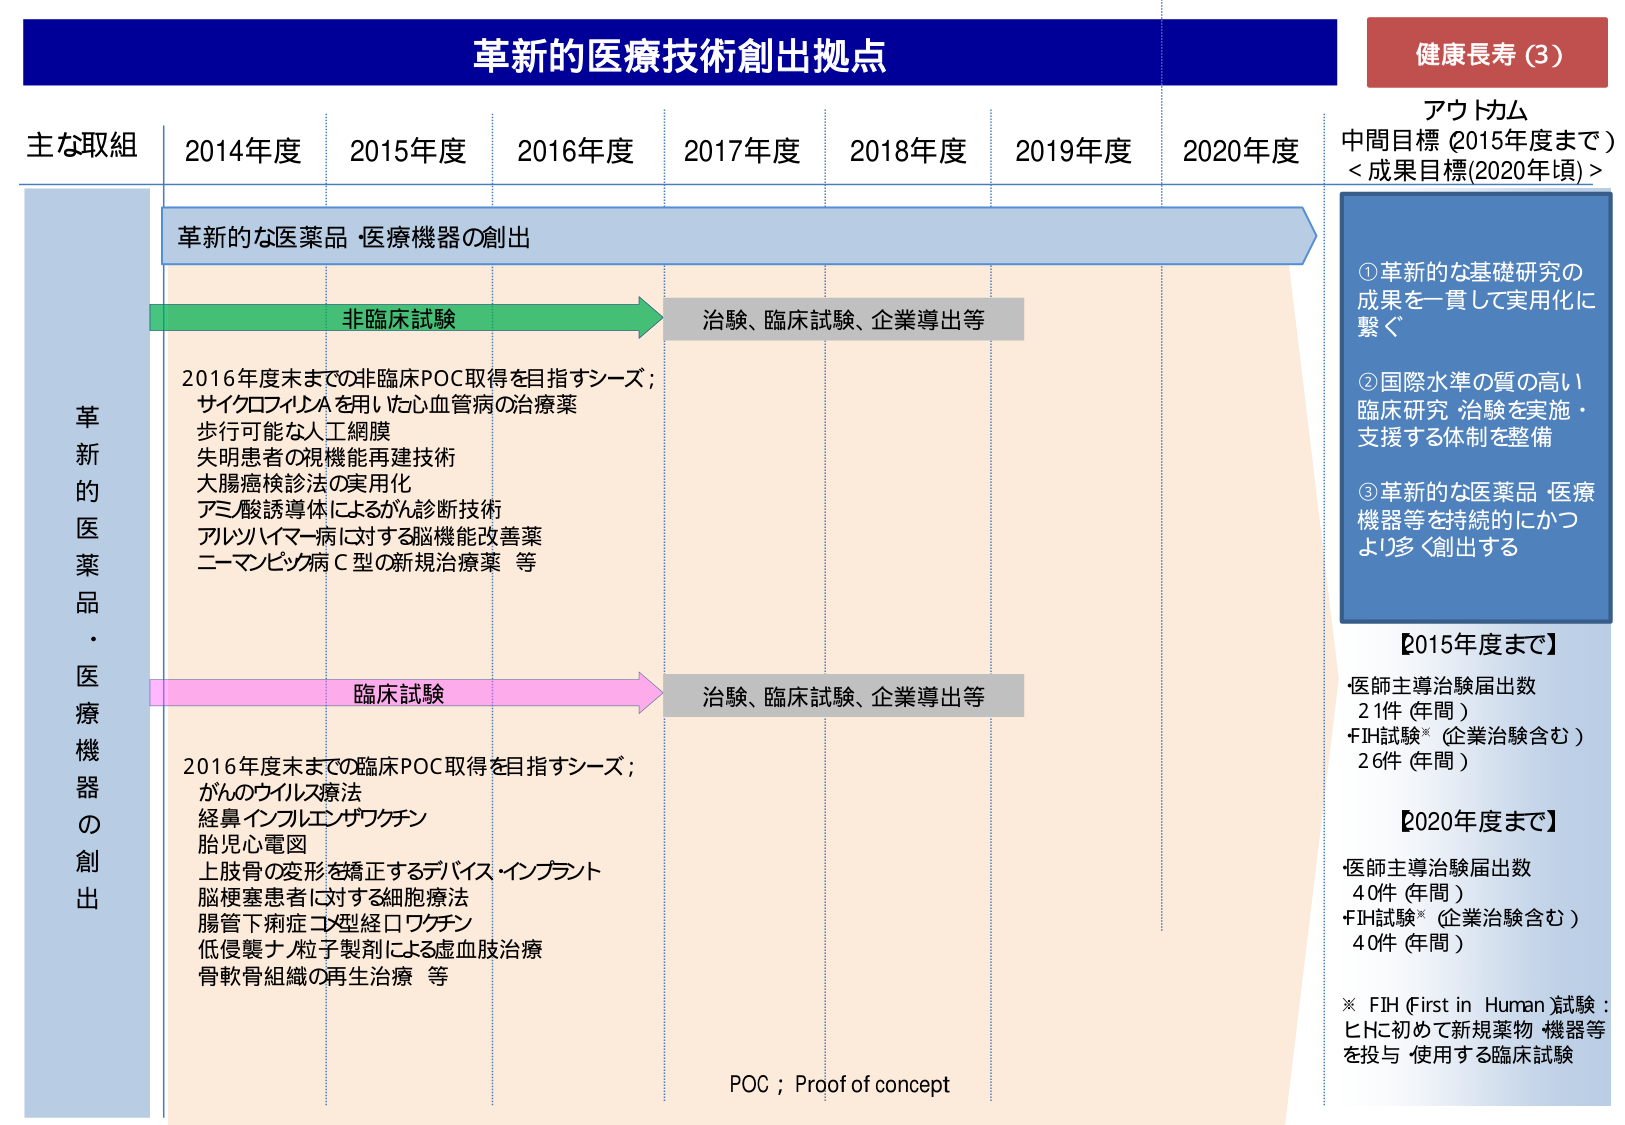
革新的医療技術創出拠点

健康長寿（3）

アウトカム
中間目標（2015年度まで）
＜成果目標(2020年頃)＞

①革新的な基礎研究の
成果を一貫して実用化に
繋ぐ

②国際水準の質の高い
臨床研究・治験を実施・
支援する体制を整備

③革新的な医薬品・医療
機器等を持続的にかつ
より多く創出する

主な取組　2014年度　2015年度　2016年度　2017年度　2018年度　2019年度　2020年度

革新的医薬品・医療機器の創出

非臨床試験　→　治験、臨床試験、企業導出等

2016年度末までの非臨床POC取得を目指すシーズ；
サイクロフィリンAを用いた心血管病の治療薬
歩行可能な人工網膜
失明患者の視機能再建技術
大腸癌検診法の実用化
アミノ酸誘導体によるがん診断技術
アルツハイマー病に対する脳機能改善薬
ニーマンピック病Ｃ型の新規治療薬　等

臨床試験　→　治験、臨床試験、企業導出等

2016年度末までの臨床POC取得を目指すシーズ；
がんのウイルス療法
経鼻インフルエンザワクチン
胎児心電図
上肢骨の変形を矯正するデバイス・インプラント
脳梗塞患者に対する細胞療法
腸管下痢症コロ型経口ワクチン
低侵襲ナノ粒子製剤による虚血肢治療
骨軟骨組織の再生治療　等

POC；Proof of concept

【2015年度まで】
・医師主導治験届出数　21件（年間）
・FIH試験※（企業治験含む）　26件（年間）

【2020年度まで】
・医師主導治験届出数　40件（年間）
・FIH試験※（企業治験含む）　40件（年間）

※ FIH（First in Human）試験：ヒトに初めて新規薬物・機器等を投与・使用する臨床試験